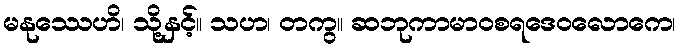
မနုဿေဟိ၊ သို့နှင့်။ သဟ၊ တကွ။ ဆဘုကာမာဝစရဒေဝလောကေ၊